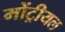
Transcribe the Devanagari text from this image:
मोंट्रीयल